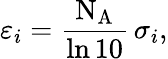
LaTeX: \varepsilon_{i}={\frac{\mathrm{N_{A}}}{\ln{10}}}\, \sigma_{i},